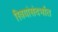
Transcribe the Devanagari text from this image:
स्त्रियांसंदर्भात